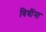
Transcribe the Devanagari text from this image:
विधींना